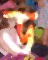
ড